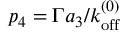
p _ { 4 } = \Gamma a _ { 3 } / { k _ { \mathrm { o f f } } ^ { ( 0 ) } }